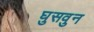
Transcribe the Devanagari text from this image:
घुसवुन